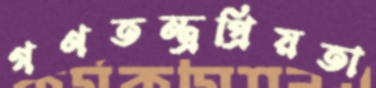
গণতন্ত্রপ্রিয়তা